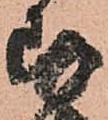
存